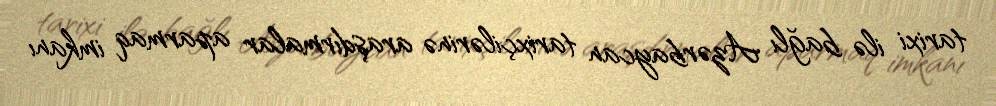
tarixi ilə bağlı Azərbaycan tarixçilərinə araşdırmalar aparmaq imkanı